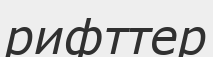
рифттер